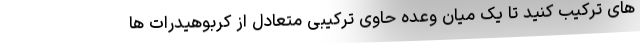
های ترکیب کنید تا یک میان وعده حاوی ترکیبی متعادل از کربوهیدرات ها